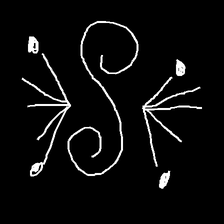
Glyph: aeroform